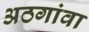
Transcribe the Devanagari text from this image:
अठगांवा